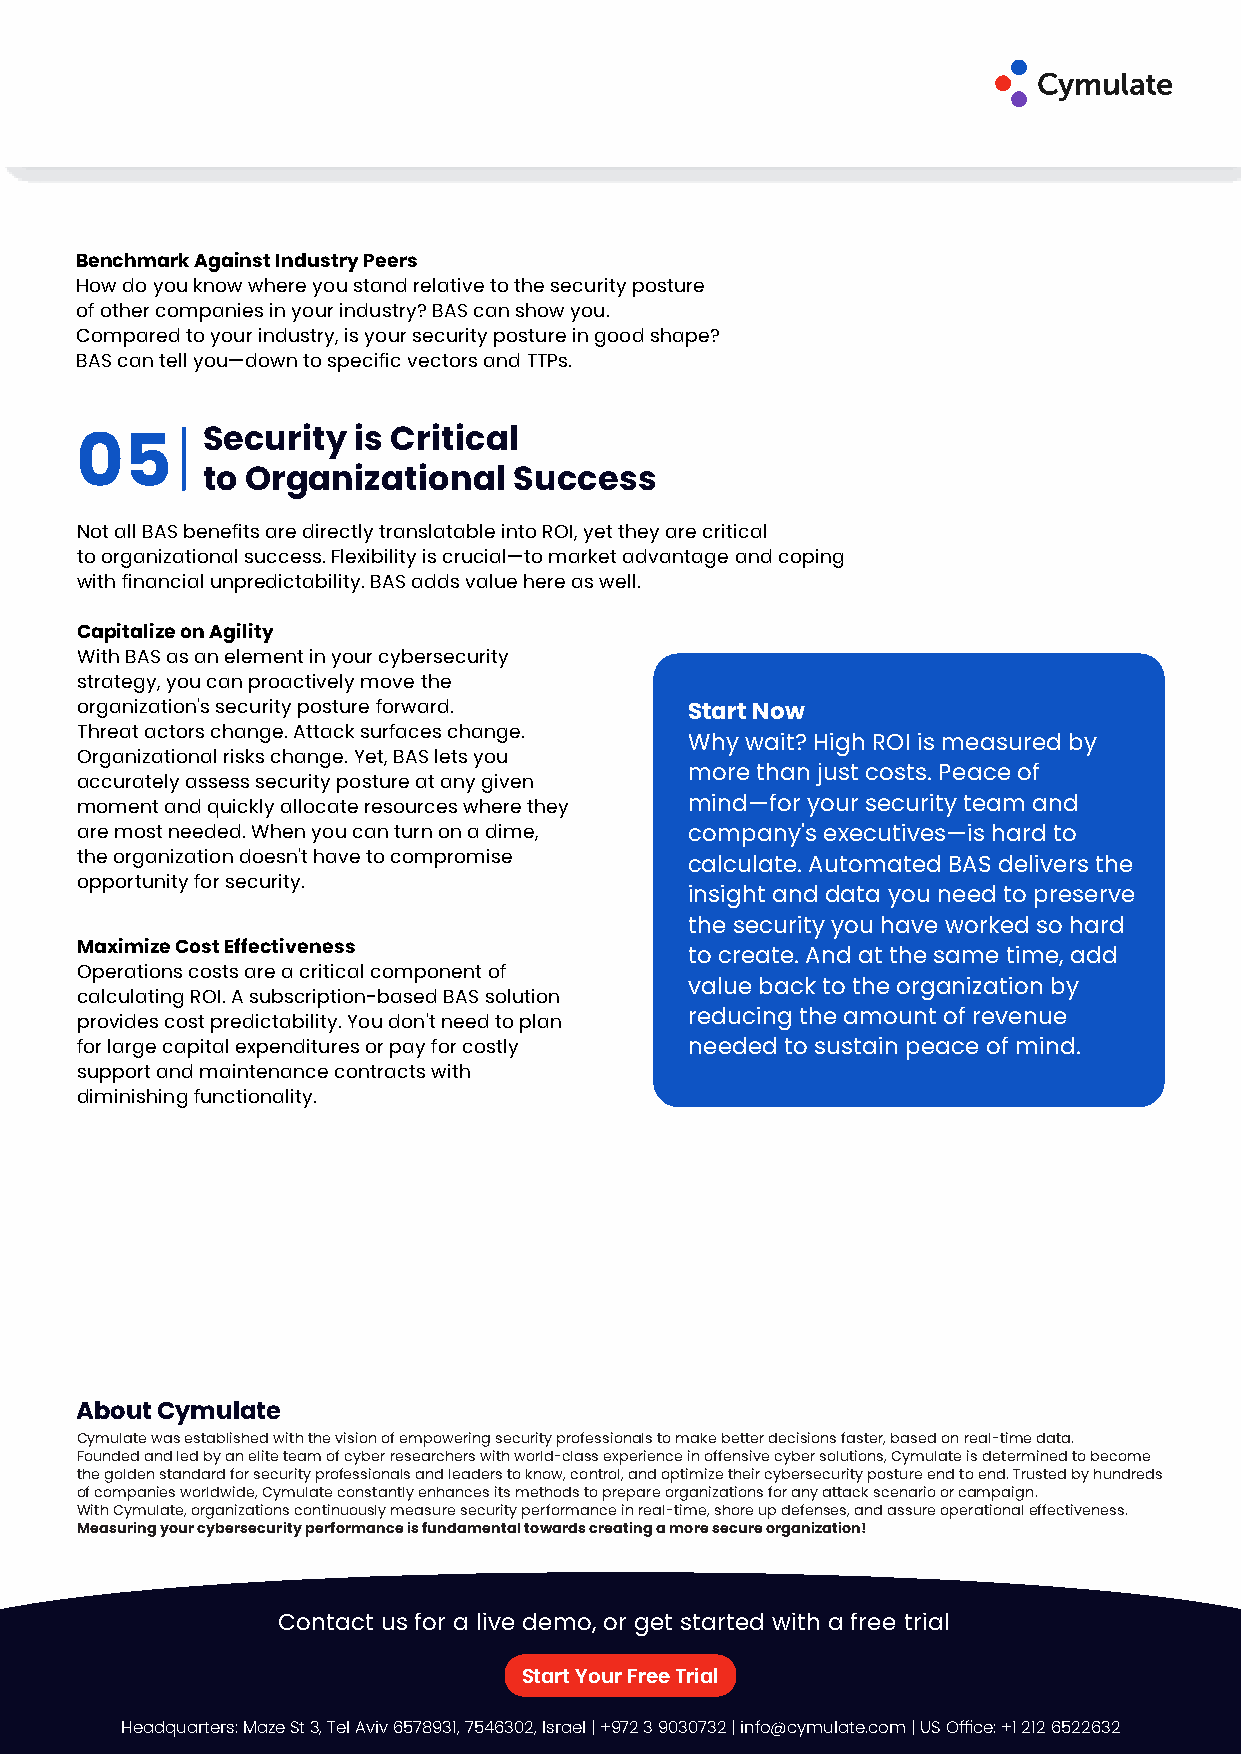
Benchmark Against Industry Peers
 How do you know where you stand relative to the security posture
 of other companies in your industry? BAS can show you.
 Compared to your industry, is your security posture in good shape?
 BAS can tell you—down to specific vectors and TTPs.
 Security  is Critical
 05
 to Organizational    Success
 Not all BAS benefits are directly translatable into ROI, yet they are critical
 to organizational success. Flexibility is crucial—to market advantage and coping
 with financial unpredictability. BAS adds value here as well.
 Capitalize on Agility
 With BAS as an element in your cybersecurity
 strategy, you can proactively move the
 organization's security posture forward. Start Now
 Threat actors change. Attack surfaces change.
 Why wait? High ROI is measured by
 Organizational risks change. Yet, BAS lets you
 more than just costs. Peace of
 accurately assess security posture at any given
 moment and quickly allocate resources where they mind—for your security team and
 are most needed. When you can turn on a dime, company's executives—is hard to
 the organization doesn't have to compromise
 calculate. Automated BAS delivers the
 opportunity for security.
 insight and data you need to preserve
 the security you have worked so hard
 Maximize Cost Effectiveness
 to create. And at the same time, add
 Operations costs are a critical component of
 value back to the organization by
 calculating ROI. A subscription-based BAS solution
 provides cost predictability. You don't need to plan reducing the amount of revenue
 for large capital expenditures or pay for costly needed to sustain peace of mind.
 support and maintenance contracts with
 diminishing functionality.
 About Cymulate
 Cymulate was established with the vision of empowering security professionals to make better decisions faster, based on real-time data.
 Founded and led by an elite team of cyber researchers with world-class experience in offensive cyber solutions, Cymulate is determined to become
 the golden standard for security professionals and leaders to know, control, and optimize their cybersecurity posture end to end. Trusted by hundreds
 of companies worldwide, Cymulate constantly enhances its methods to prepare organizations for any attack scenario or campaign.
 With Cymulate, organizations continuously measure security performance in real-time, shore up defenses, and assure operational effectiveness.
 Measuring your cybersecurity performance is fundamental towards creating a more secure organization!
 Contact us for a live demo, or get started with a free trial
 Start Your Free Trial
 Headquarters: Maze St 3, Tel Aviv 6578931, 7546302, Israel | +972 3 9030732 | info@cymulate.com | US Office: +1 212 6522632